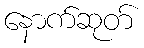
နောက်ဆုတ်